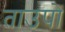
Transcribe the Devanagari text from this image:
ताउपो